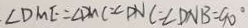
\angle D M E = \angle D M C = \angle D N C = \angle D N B = 9 0 ^ { \circ }